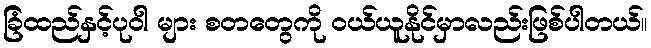
ခြံထည်နှင့်ပုဝါ များ စတတွေကို ဝယ်ယူနိုင်မှာလည်းဖြစ်ပါတယ်။